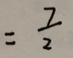
= \frac { 7 } { 2 }